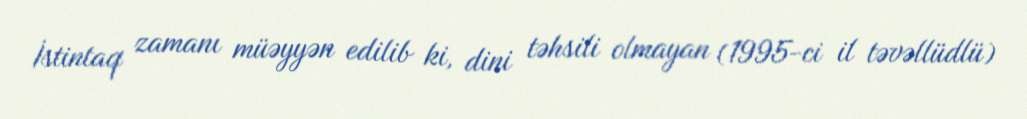
İstintaq zamanı müəyyən edilib ki, dini təhsili olmayan (1995-ci il təvəllüdlü)